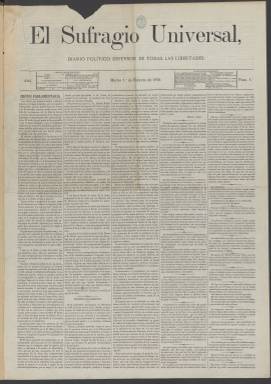
Título: El Sufragio universal (Madrid)
Colección: Periódicos
Ámbito geográfico: Madrid
Lugar de publicación: Madrid
Fechas: 01/02/1870-19/03/1870